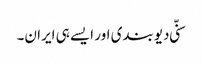
سنّی دیوبندی اور ایسے ہی ایران۔